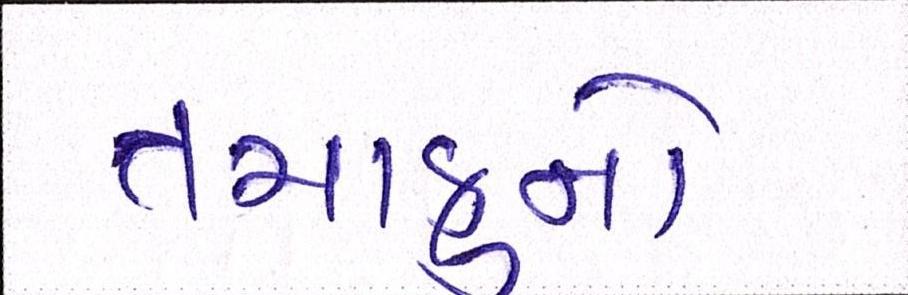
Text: તમાકુનો